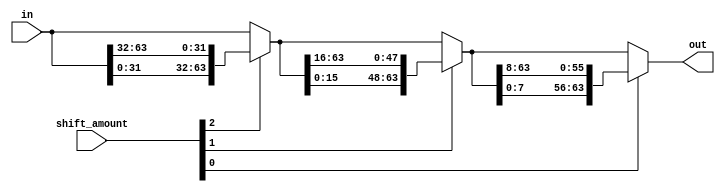
module byte_barrel_shifter(out, shift_amount, in);
	// barrel shifts 64-bit input right by 8 x shift_amount
	// in other words barrel shifts right by shift_amount bytes
	input [63:0] in;
	input [2:0] shift_amount;
	output [63:0] out;
	
	wire [63:0] shift32, shift16;
	
	// shift 4 bytes or not
	assign shift32 = shift_amount[2] ? {in[31:0], in[63:32]} : in;
	// shift 2 more bytes or not
	assign shift16 = shift_amount[1] ? {shift32[15:0], shift32[63:16]} : shift32;
	// shift 1 more byte or not
	assign out = shift_amount[0] ? {shift16[7:0], shift16[63:8]} : shift16;
endmodule

module bit_barrel_shifter(out, shift_amount, in);
	// barrel shifts 8-bit input right by shift_amount bits
	input [7:0] in;
	input [2:0] shift_amount;
	output [7:0] out;
	
	wire [7:0] shift4, shift2;
	
	// shift 4 bits or not
	assign shift4 = shift_amount[2] ? {in[3:0], in[7:4]} : in;
	// shift 2 more bits or not
	assign shift2 = shift_amount[1] ? {shift4[1:0], shift4[7:2]} : shift4;
	// shift 1 more bit or not
	assign out = shift_amount[0] ? {shift2[0], shift2[7:1]} : shift2;
endmodule

module address_select(out, byte_offset);
	// based on byte offset determines which address each 8-bit memory should use
	// this will be connected to a 2:1 mux selecting between address and address+1
	input [2:0] byte_offset;
	output reg [7:0] out;
	
	always @(byte_offset)
		case(byte_offset)
			3'h0: out <= 8'b00000000; // if no offset then use address for all 64-bits
			3'h1: out <= 8'b00000001; // if 1 byte offset then use address+1 for lowest byte and address for the rest
			3'h2: out <= 8'b00000011; // ...
			3'h3: out <= 8'b00000111;
			3'h4: out <= 8'b00001111;
			3'h5: out <= 8'b00011111;
			3'h6: out <= 8'b00111111;
			3'h7: out <= 8'b01111111; // if 7 byte offset then use address for highest byte and address+1 for the rest
		endcase
endmodule

module mask_generate(mask, size);
	// generate a bit mask to determine which 8-bit memory chips should be active
	// given the desired size of the memory transfer
	input [1:0] size; // 00 8-bit, 01 16-bit, 10 32-bit, 11 64-bit
	output [7:0] mask;
	
	// desired masks:
	// 00 - 00000001
	// 01 - 00000011
	// 10 - 00001111
	// 11 - 11111111
	
	assign mask[0] = 1'b1;
	assign mask[1] = size[0] | size[1];
	assign mask[3:2] = size[1] ? 2'b11 : 2'b00;
	assign mask[7:4] = (size[1] & size[0]) ? 4'b1111 : 4'b0000;
endmodule

module RAM_8bit(out, clock, address, in, chip_select, write_enable);
	// when chip_select is on read otherwise out need to be 0 for the 64-bit design
	// to work when reading less than 64-bits
	parameter ADDR_WIDTH = 8;
	parameter RAM_DEPTH = 1 << ADDR_WIDTH; // RAM_DEPTH is in bytes
	input clock, chip_select, write_enable;
	input [ADDR_WIDTH-1:0] address;
	input [7:0] in;
	output [7:0] out;
	
	// register to store the output of memory during read
	reg [7:0] mem_out;
	// describe memory as a 8-bit array of registers
	reg [7:0] mem [0:RAM_DEPTH-1];
	
	// note if this logic is inside of the following always block as as "else out = 8'b0;"
	// quartus will not be able to implement it with the megafunction M9K blocks
	assign out = chip_select ? mem_out : 8'b0;
	
	// read description
	always @(posedge clock) begin
		mem_out = mem[address];
	end
	
	// write description
	always @(posedge clock) begin
		if(chip_select && write_enable)
			mem[address] = in;
	end
endmodule

module RAM_64bit(clock, address, data, chip_select, write_enable, output_enable, size);
	// 64-bit memory with byte addressability and no address alignment limitations
	// can read or write any size (8, 16, 32, or 64 bit) data to any address
	
	// the lower three bits of address are the byte offset and the remaining address bits
	// are the 64-bit word address. When there is a byte offset the memory will automatically
	// read partially from the 64-bit word at the address and partially from the 64-bit word
	// at the address+1 and combine and shift the data as would be expected. For example a
	// 64-bit read from address 4 would read bytes 4,5,6,7 from the upper half of the first 
	// 64-bit word and bytes 8,9,10,11 from the lower half of the next 64-bit word, that is
	// if mem was a 64-bit memory register it would return the equivalent of:
	// {mem[1][31:0], mem[0][63:32]}
	
	// note reading or writing past the end of memory will result in reading or writing
	// to address 0+. For example a write to the last address (-1) with 64-bit data would
	// write to the last byte of the last 64-bit word and a write to the first 7 bytes of
	// the first word
	
	// the size of memory is determined by the address width where memory size = 2**ADDR_WIDTH bytes
	// each 8-bit memory block will have 2**(ADDR_WIDTH - 3) bytes
	parameter ADDR_WIDTH = 8;
	input clock;
	input [ADDR_WIDTH-1:0] address;
	inout [63:0] data;
	input chip_select, write_enable, output_enable;
	input [1:0] size; // transfer size: 00 8-bit, 01 16-bit, 10 32-bit, 11 64-bit
	
	wire [63:0] ram_out; // output from 8-bit RAM chips
	wire [63:0] data_out; // output of ram_out barrel shifter
	wire [63:0] ram_in; // input to ram / output of input barrel shifter
	
	// tri-state buffer
	assign data = (chip_select & output_enable & ~write_enable) ? data_out : 64'bz;
	
	// output barrel shifter - shift right by 8 x offset
	byte_barrel_shifter output_shifter (.out(data_out), .shift_amount(address[2:0]), .in(ram_out));
	// input barrel shifter - shift left by 8 x offset = shift right by 8 x (8 - offset)
	// build circuit to do the following:
	// address -> left
	//     000    000
	//     001    111
	//     010    110
	//     011    101
	//     100    100
	//     101    011
	//     110    010
	//     111    001
	wire [2:0]left;
	assign left[0] = address[0];
	assign left[1] = address[1] ^ address[0];
	assign left[2] = address[2] ^ (address[1] | address[0]);
	byte_barrel_shifter input_shifter (.out(ram_in), .shift_amount(left), .in(data));
	// calculate address plus one word (add 1 to the address less the lower three bits)
	wire [ADDR_WIDTH-4:0] a_plus_one;
	assign a_plus_one = address[ADDR_WIDTH-1:3] + 1'b1;
	
	wire [7:0] mask;
	mask_generate mask_inst (mask, size);
	wire [7:0] cs; // individual chip selects
	bit_barrel_shifter mask_shifter (.out(cs) , .shift_amount(left), .in(mask));
	wire [7:0] a_select; // address select bits - 0 use address, 1 use address + 1
	address_select a_select_inst (.out(a_select), .byte_offset(address[2:0]));
	wire [ADDR_WIDTH-4:0] ram0_address, ram1_address, ram2_address, ram3_address, ram4_address, ram5_address, ram6_address, ram7_address;
	// 2:1 mux for each RAM chip to select between address and address+1
	// note the lower 3 bits aren't used here since they are the byte offset
	assign ram0_address = a_select[0] ? a_plus_one : address[ADDR_WIDTH-1:3];
	assign ram1_address = a_select[1] ? a_plus_one : address[ADDR_WIDTH-1:3];
	assign ram2_address = a_select[2] ? a_plus_one : address[ADDR_WIDTH-1:3];
	assign ram3_address = a_select[3] ? a_plus_one : address[ADDR_WIDTH-1:3];
	assign ram4_address = a_select[4] ? a_plus_one : address[ADDR_WIDTH-1:3];
	assign ram5_address = a_select[5] ? a_plus_one : address[ADDR_WIDTH-1:3];
	assign ram6_address = a_select[6] ? a_plus_one : address[ADDR_WIDTH-1:3];
	assign ram7_address = a_select[7] ? a_plus_one : address[ADDR_WIDTH-1:3];
	// instantiate the eight 8-bit RAM blocks
	RAM_8bit ram0 (ram_out[ 7: 0], clock, ram0_address, ram_in[ 7: 0], cs[0] & chip_select, write_enable);
	RAM_8bit ram1 (ram_out[15: 8], clock, ram1_address, ram_in[15: 8], cs[1] & chip_select, write_enable);
	RAM_8bit ram2 (ram_out[23:16], clock, ram2_address, ram_in[23:16], cs[2] & chip_select, write_enable);
	RAM_8bit ram3 (ram_out[31:24], clock, ram3_address, ram_in[31:24], cs[3] & chip_select, write_enable);
	RAM_8bit ram4 (ram_out[39:32], clock, ram4_address, ram_in[39:32], cs[4] & chip_select, write_enable);
	RAM_8bit ram5 (ram_out[47:40], clock, ram5_address, ram_in[47:40], cs[5] & chip_select, write_enable);
	RAM_8bit ram6 (ram_out[55:48], clock, ram6_address, ram_in[55:48], cs[6] & chip_select, write_enable);
	RAM_8bit ram7 (ram_out[63:56], clock, ram7_address, ram_in[63:56], cs[7] & chip_select, write_enable);
	// set the size of each 8-bit RAM by setting the ADDR_WIDTH parameter
	defparam ram0.ADDR_WIDTH = ADDR_WIDTH - 3;
	defparam ram1.ADDR_WIDTH = ADDR_WIDTH - 3;
	defparam ram2.ADDR_WIDTH = ADDR_WIDTH - 3;
	defparam ram3.ADDR_WIDTH = ADDR_WIDTH - 3;
	defparam ram4.ADDR_WIDTH = ADDR_WIDTH - 3;
	defparam ram5.ADDR_WIDTH = ADDR_WIDTH - 3;
	defparam ram6.ADDR_WIDTH = ADDR_WIDTH - 3;
	defparam ram7.ADDR_WIDTH = ADDR_WIDTH - 3;
endmodule